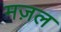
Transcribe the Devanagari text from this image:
मज़ल